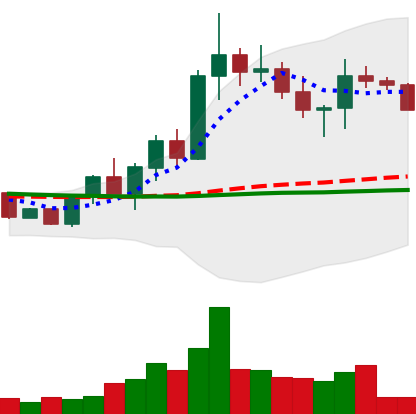
Ticker: XRP-USD
Chart end date: 2022-10-02
Forward return: 15.468%
Label: up_7plus